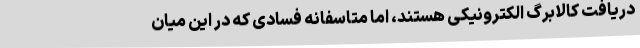
دریافت کالابرگ الکترونیکی هستند، اما متاسفانه فسادی که در این میان